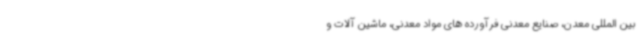
بین المللی معدن، صنایع معدنی فرآورده های مواد معدنی، ماشین آلات و